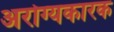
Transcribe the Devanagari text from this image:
अरोग्यकारक